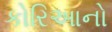
કોરિઆનો